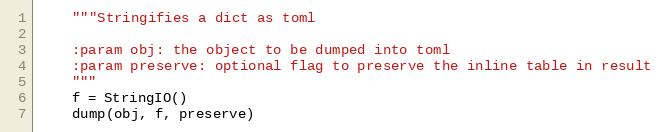
Language: Python
    """Stringifies a dict as toml

    :param obj: the object to be dumped into toml
    :param preserve: optional flag to preserve the inline table in result
    """
    f = StringIO()
    dump(obj, f, preserve)